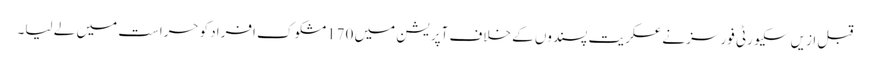
قبل ازیں سکیورٹی فورسز نے عسکریت پسندوں کے خلاف آپریشن میں 170مشکوک افراد کوحراست میں لے لیا۔